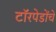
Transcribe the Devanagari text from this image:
टॉरपेडोंचे